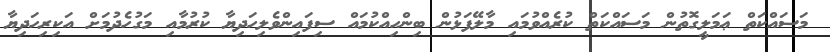
މަސައްކަތް ޢަމަލީގޮތުން މަސައްކަތް ކުރެއްވުމައި މާލޭފަޅުން ބިންހިއްކުމައް ސިފައިންވެލިހަދިޔާ ކުރުމާއި މަގުހެދުމަށް އަކިރިހަދިޔާ